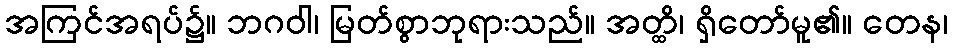
အကြင်အရပ်၌။ ဘဂဝါ၊ မြတ်စွာဘုရားသည်။ အတ္ထိ၊ ရှိတော်မူ၏။ တေန၊